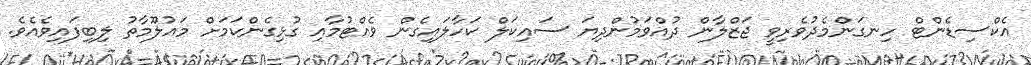
އެކްސިޑެންޓް ހިނގަންމެދުވެރިވީ ޖަޒްލާން ދުއްވަމުންދިޔަ ސައިކަލް ކަހާލައިގެން ވެއްޓުމާއި ގުޅިގެންކަމަށް މައުލޫމާތު ލިބިފައިވެއެވެ.